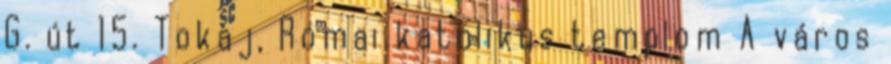
G. út 15. Tokaj, Római katolikus templom A város